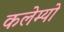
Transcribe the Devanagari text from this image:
कलेम्यो